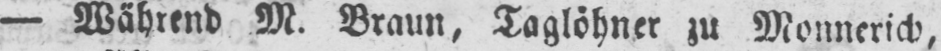
- Während M. Braun, Taglöhner zu Monnerich,